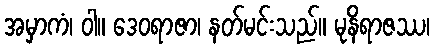
အမှာကံ၊ ဝါ။ ဒေဝရာဇာ၊ နတ်မင်းသည်။ မုနိရာဇဿ၊